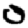
Digit: 0